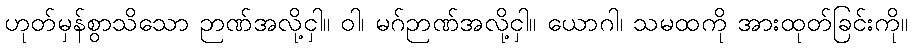
ဟုတ်မှန်စွာသိသော ဉာဏ်အလို့ငှါ။ ဝါ၊ မဂ်ဉာဏ်အလို့ငှါ။ ယောဂါ၊ သမထကို အားထုတ်ခြင်းကို။